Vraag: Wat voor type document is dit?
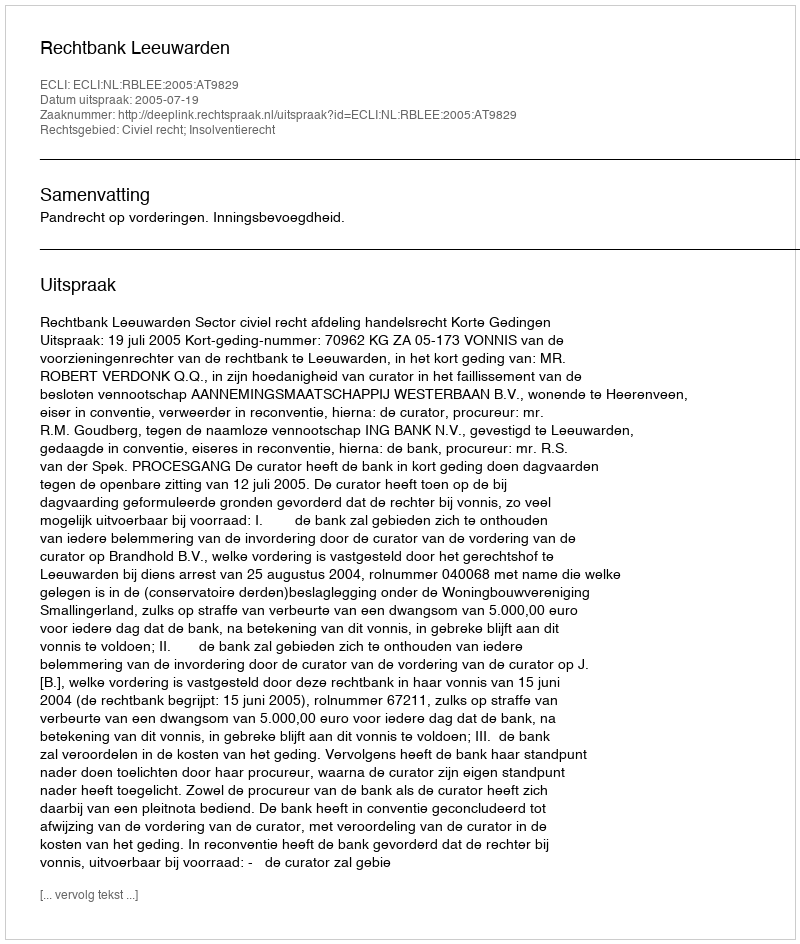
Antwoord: Uitspraak